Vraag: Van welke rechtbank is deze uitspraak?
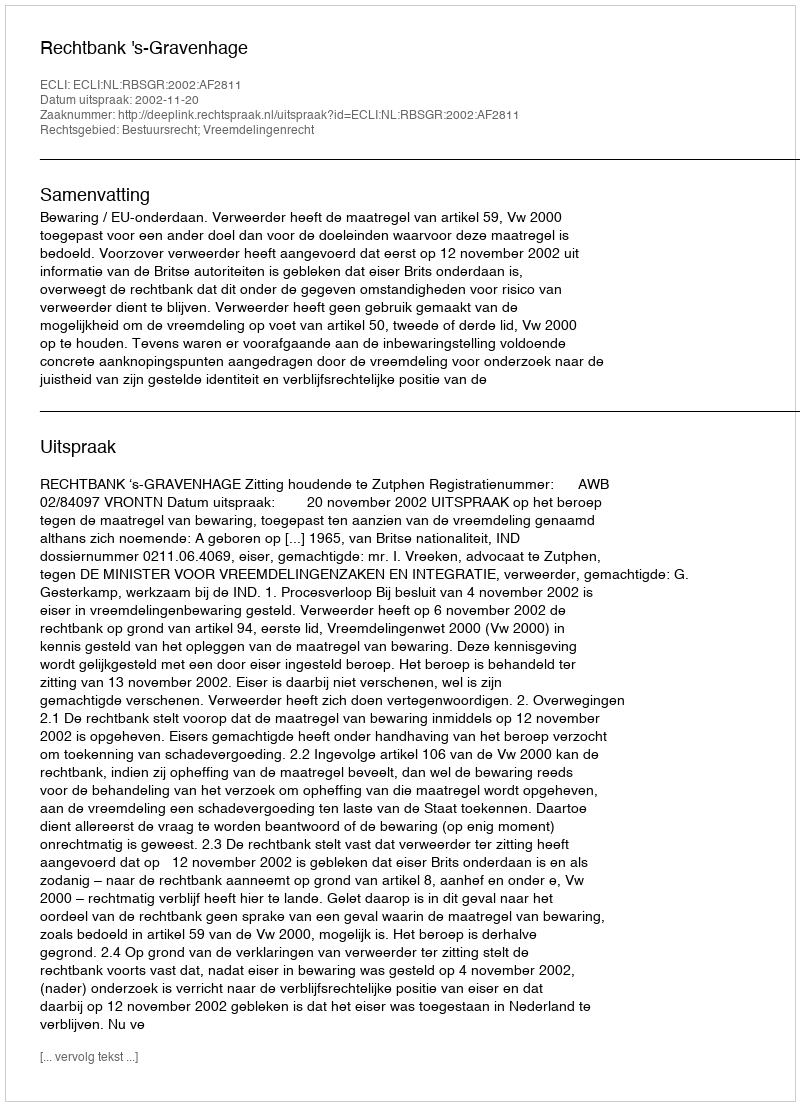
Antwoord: Rechtbank 's-Gravenhage